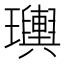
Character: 𤫌